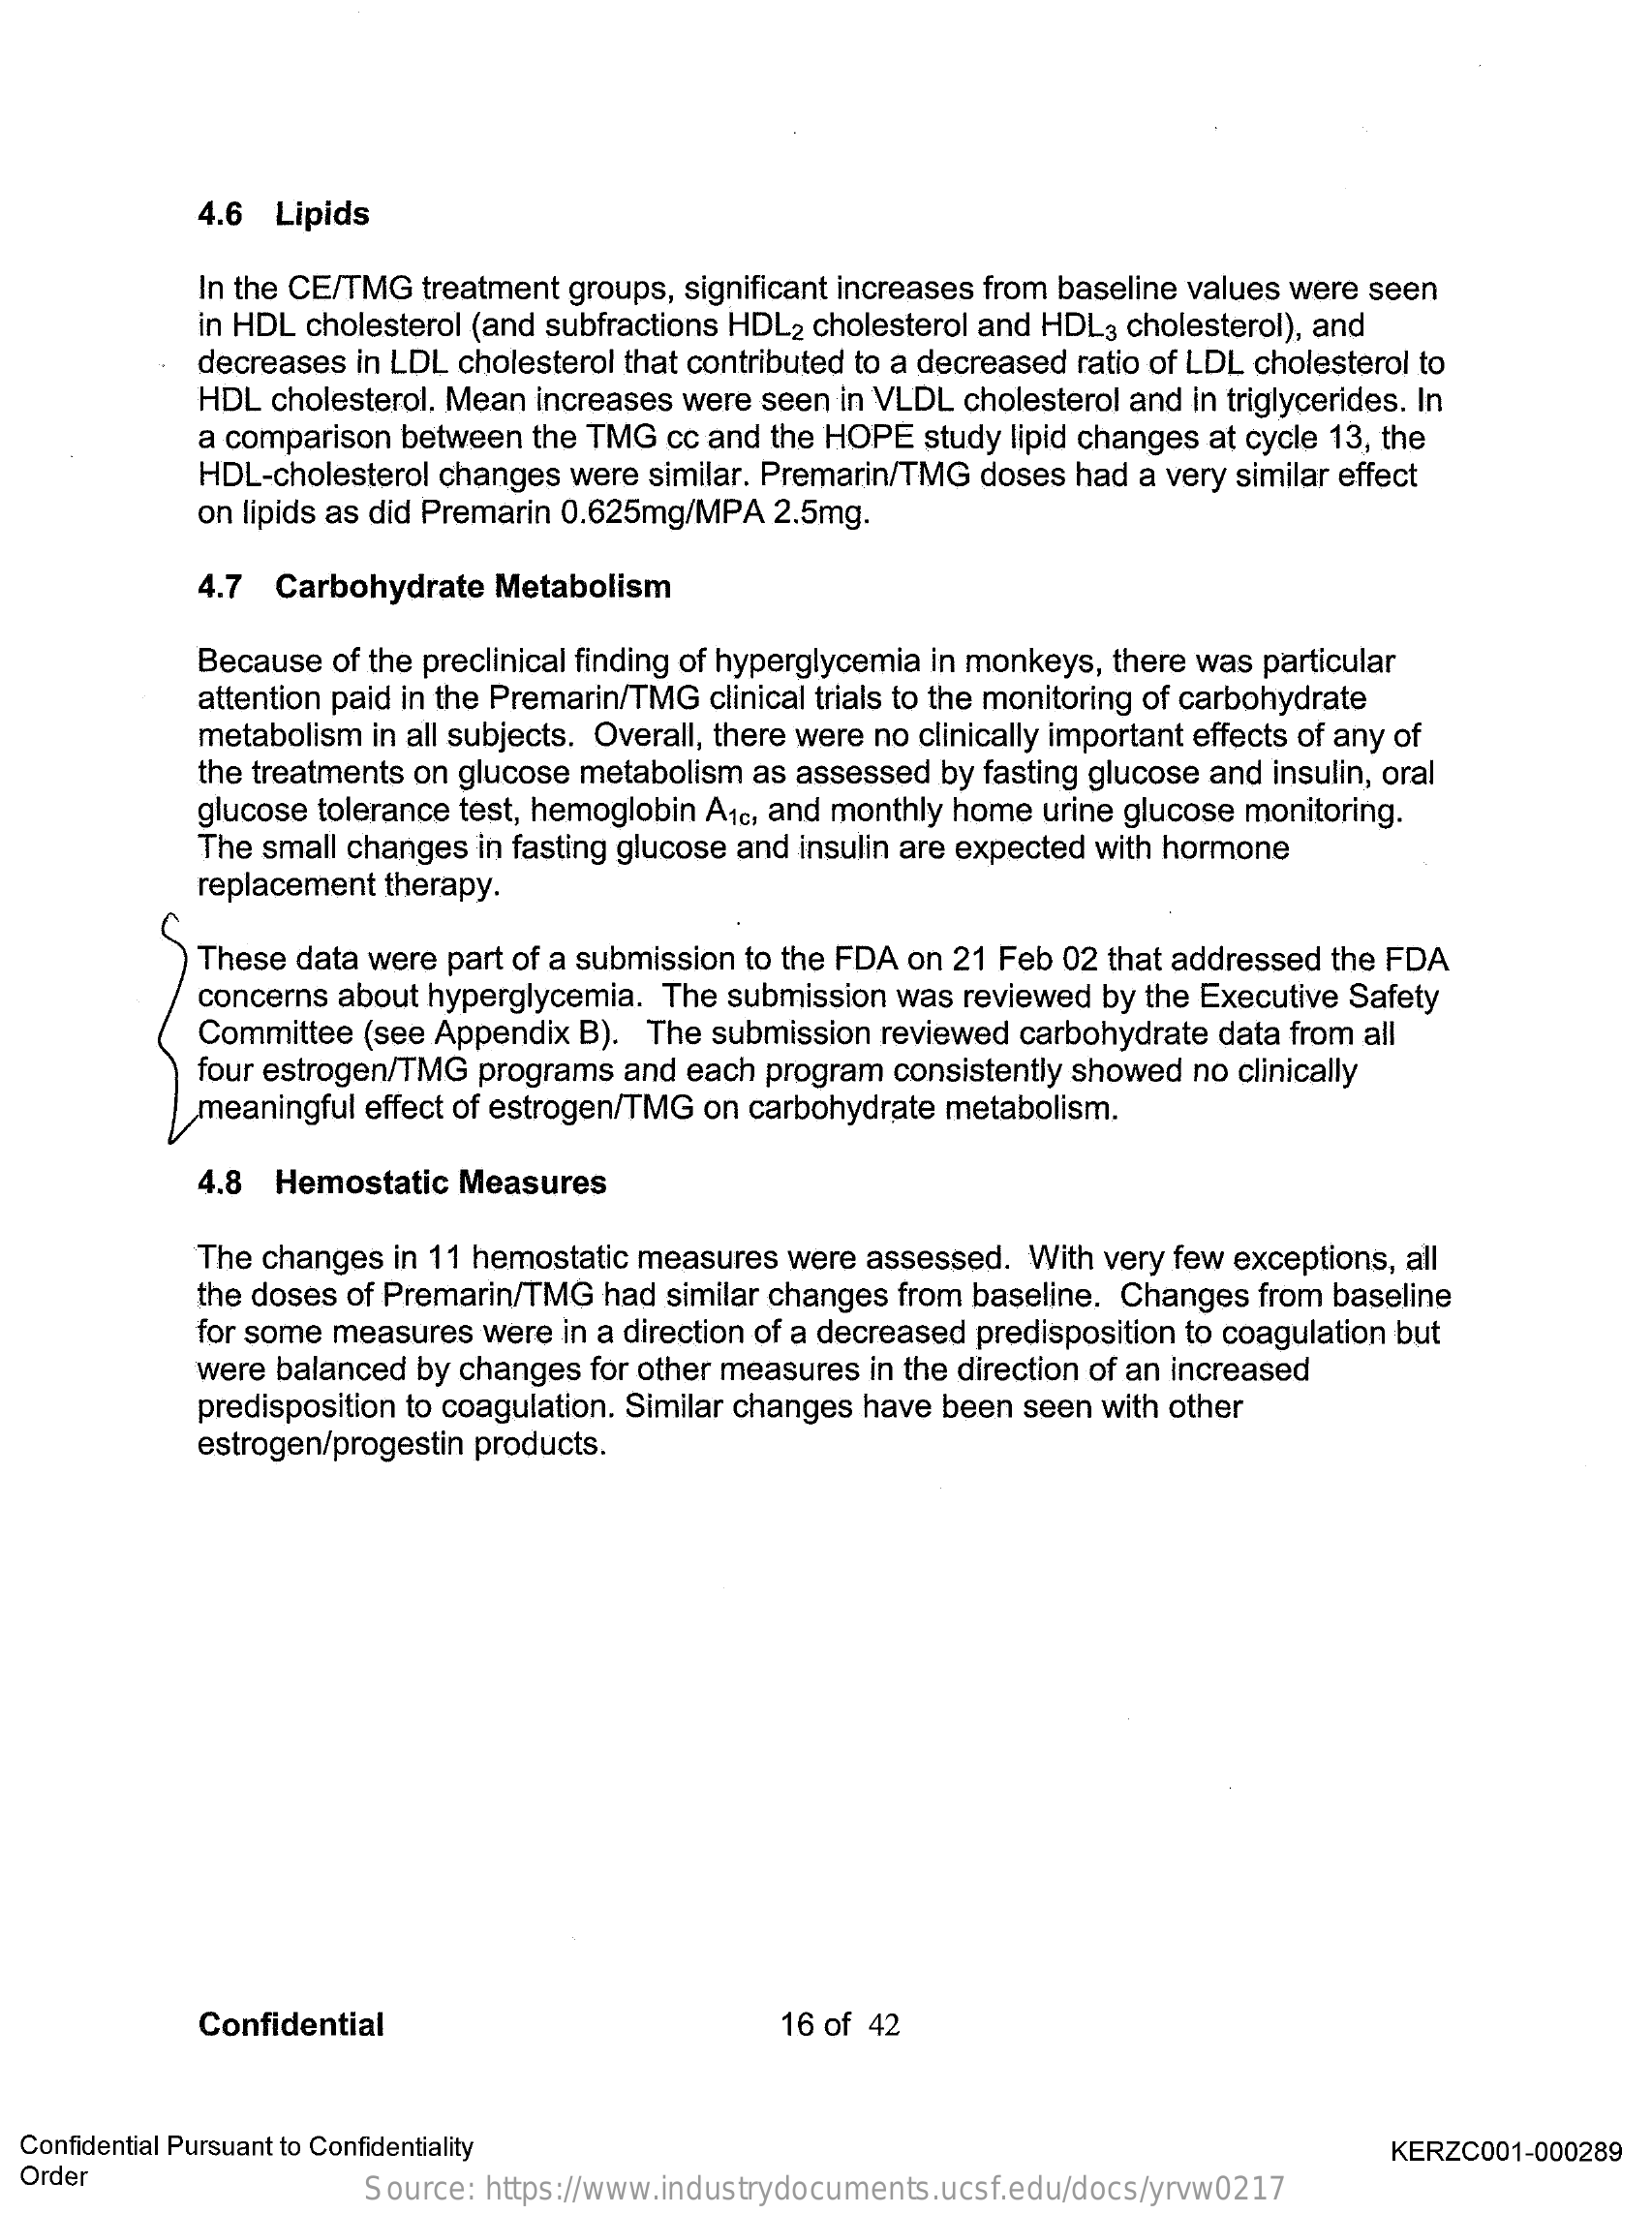
4.6 Lipids
     In the CE/TMG treatment groups, significant increases from baseline values were seen
     in HDL cholesterol (and subfractions HDL2 cholesterol and HDL3 cholesterol), and
     decreases in LDL cholesterol that contributed to a decreased ratio of LDL cholesterol to
     HDL cholesterol. Mean increases were seen in VLDL cholesterol and in triglycerides. In
     a comparison between the TMG cc and the HOPE study lipid changes at cycle 13, the
     HDL-cholesterol changes were similar. Premarin/TMG doses had a very similar effect
     on lipids as did Premarin 0.625mg/MPA 2.5mg.
     4.7 Carbohydrate Metabolism
     Because  of the preclinical finding of hyperglycemia in monkeys, there was particular
     attention paid in the Premarin/TMG clinical trials to the monitoring of carbohydrate
     metabolism in all subjects. Overall, there were no clinically important effects of any of
     the treatments on glucose metabolism as assessed by fasting glucose and insulin, oral
     glucose tolerance test, hemoglobin A1c, and monthly home urine glucose monitoring.
     The small changes in fasting glucose and insulin are expected with hormone
     replacement therapy.
     These data were part of a submission to the FDA on 21 Feb 02 that addressed the FDA
     concerns about hyperglycemia. The submission was reviewed by the Executive Safety
     Committee (see Appendix B). The submission reviewed carbohydrate data from all
     four estrogen/TMG programs and each program consistently showed no clinically
     meaningful effect of estrogen/TMG on carbohydrate metabolism.
     4.8 Hemostatic Measures
     The changes in 11 hemostatic measures were assessed. With very few exceptions, all
     the doses of Premarin/TMG had similar changes from baseline. Changes from baseline
     for some measures were in a direction of a decreased predisposition to coagulation but
     were balanced by changes for other measures in the direction of an increased
     predisposition to coagulation. Similar changes have been seen with other
     estrogen/progestin products.
     Confidential    16 of 42
  Confidential Pursuant to Confidentiality
  Order
     KERZC001-000289
     Source: https://www.industrydocuments.ucsf.edu/docs/yrvw0217